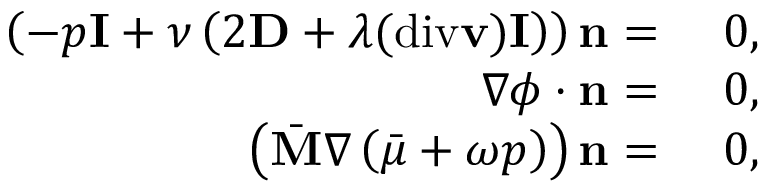
\begin{array} { r l } { \left( - p \mathbf { I } + \nu \left( 2 \mathbf { D } + \lambda ( \mathrm { d i v } \mathbf { v } ) \mathbf { I } \right) \right) \mathbf { n } = } & { ~ 0 , } \\ { \nabla \phi \cdot \mathbf { n } = } & { ~ 0 , } \\ { \left( \bar { \mathbf { M } } \nabla \left( \bar { \mu } + \omega p \right) \right) \mathbf { n } = } & { ~ 0 , } \end{array}